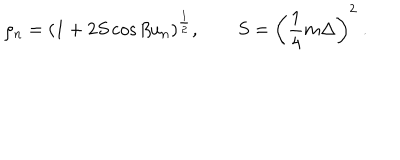
\rho _ { n } = \left( 1 + 2 S \cos \beta u _ { n } \right) ^ { \frac { 1 } { 2 } } , \qquad S = \left( { \frac { 1 } { 4 } } m \Delta \right) ^ { 2 } \ .